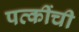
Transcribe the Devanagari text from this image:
पत्कींची